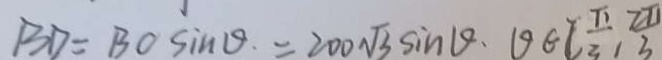
B D = B C \sin \theta = 2 0 0 \sqrt { 3 } \sin \theta . \theta \in ( \frac { \pi } { 3 } , \frac { 2 \pi } { 3 }